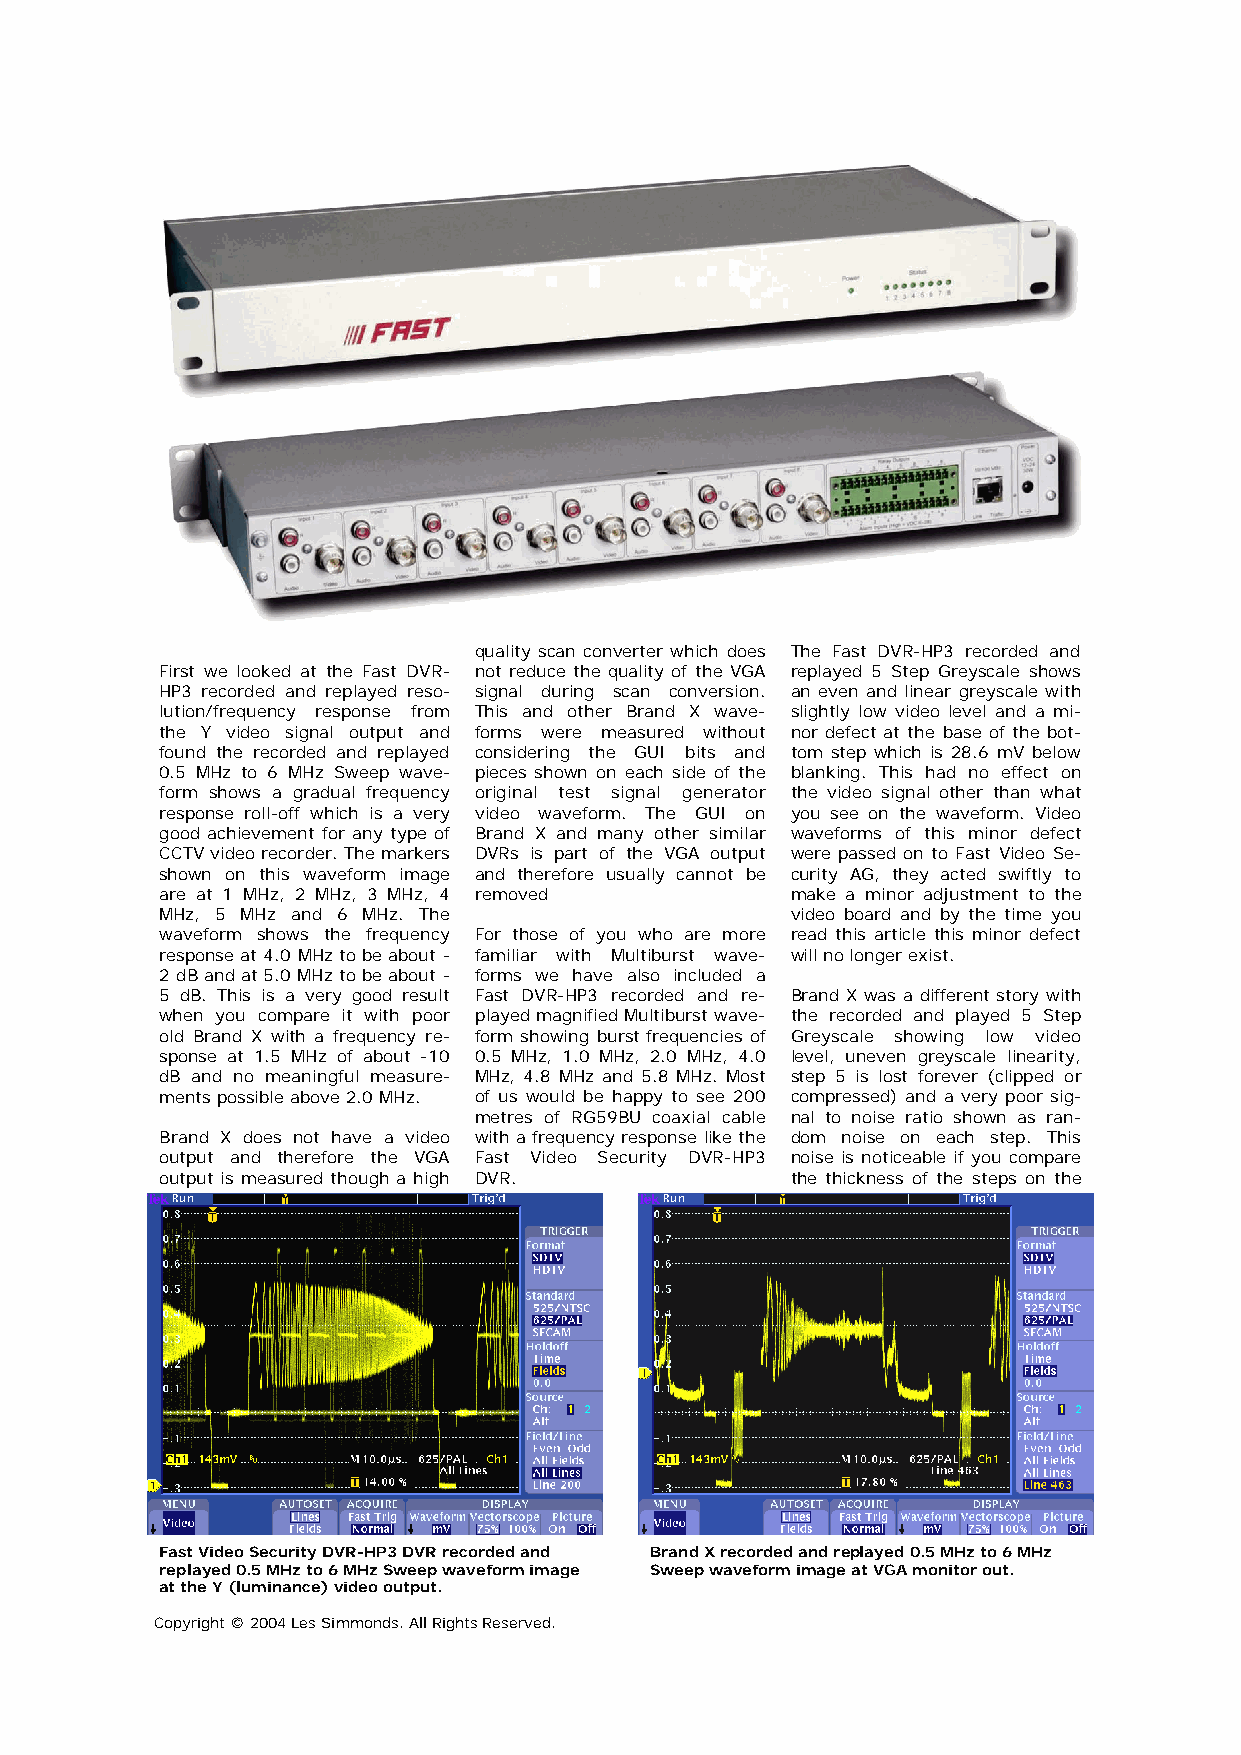
quality scan converter which does The Fast DVR-HP3 recorded and
 First we looked at the Fast DVR- not reduce the quality of the VGA replayed 5 Step Greyscale shows
 HP3 recorded and replayed reso- signal during scan conversion. an even and linear greyscale with
 lution/frequency response from This and other Brand X wave- slightly low video level and a mi-
 the Y video signal output and forms were measured without nor defect at the base of the bot-
 found the recorded and replayed considering the GUI bits and tom step which is 28.6 mV below
 0.5 MHz to 6 MHz Sweep wave- pieces shown on each side of the blanking. This had no effect on
 form shows a gradual frequency original test signal generator the video signal other than what
 response roll-off which is a very video waveform. The GUI on you see on the waveform. Video
 good achievement for any type of Brand X and many other similar waveforms of this minor defect
 CCTV video recorder. The markers DVRs is part of the VGA output were passed on to Fast Video Se-
 shown on this waveform image and therefore usually cannot be curity AG, they acted swiftly to
 are at 1 MHz, 2 MHz, 3 MHz, 4 removed    make a minor adjustment to the
 MHz, 5 MHz and 6 MHz. The                video board and by the time you
 waveform shows the frequency For those of you who are more read this article this minor defect
 response at 4.0 MHz to be about - familiar with Multiburst wave- will no longer exist.
 2 dB and at 5.0 MHz to be about - forms we have also included a
 5 dB. This is a very good result Fast DVR-HP3 recorded and re- Brand X was a different story with
 when you compare it with poor played magnified Multiburst wave- the recorded and played 5 Step
 old Brand X with a frequency re- form showing burst frequencies of Greyscale showing low video
 sponse at 1.5 MHz of about -10 0.5 MHz, 1.0 MHz, 2.0 MHz, 4.0 level, uneven greyscale linearity,
 dB and no meaningful measure- MHz, 4.8 MHz and 5.8 MHz. Most step 5 is lost forever (clipped or
 ments possible above 2.0 MHz. of us would be happy to see 200 compressed) and a very poor sig-
 metres of RG59BU coaxial cable nal to noise ratio shown as ran-
 Brand X does not have a video with a frequency response like the dom noise on each step. This
 output and therefore the VGA Fast Video Security DVR-HP3 noise is noticeable if you compare
 output is measured though a high DVR.    the thickness of the steps on the
 Fast Video Security DVR-HP3 DVR recorded and Brand X recorded and replayed 0.5 MHz to 6 MHz
 replayed 0.5 MHz to 6 MHz Sweep waveform image Sweep waveform image at VGA monitor out.
 at the Y (luminance) video output.
 Copyright © 2004 Les Simmonds. All Rights Reserved.